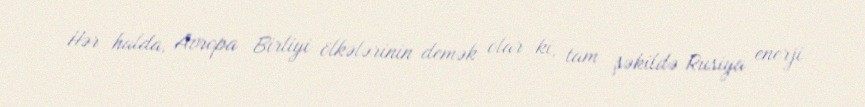
Hər halda, Avropa Birliyi ölkələrinin demək olar ki, tam şəkildə Rusiya enerji